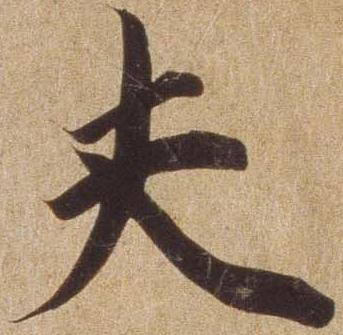
夫